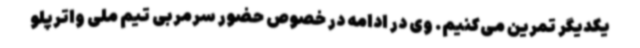
یکدیگر تمرین می‌کنیم. وی در ادامه در خصوص حضور سرمربی تیم ملی واترپلو